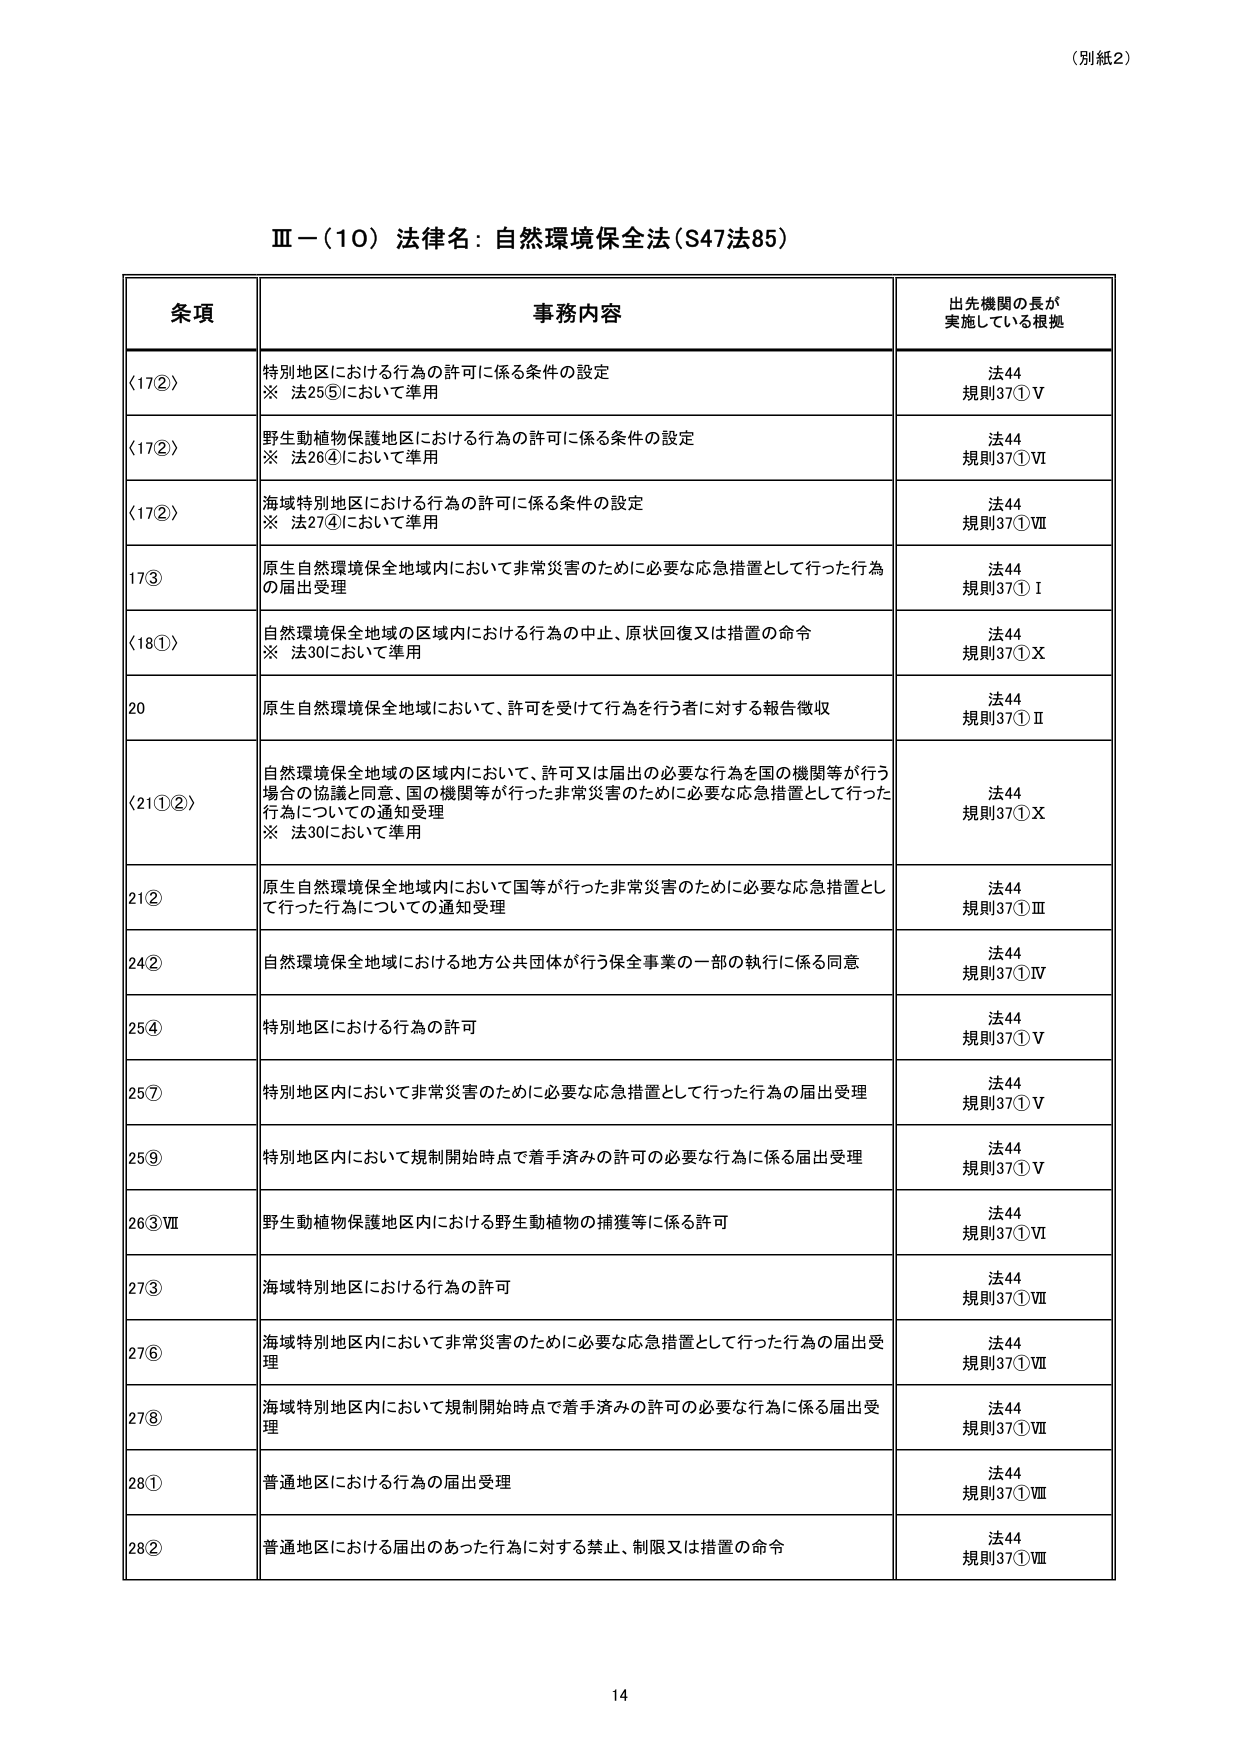
（別紙2）

Ⅲ－（10）法律名：自然環境保全法（S47法85）

条項 事務内容 出先機関の長が実施している根拠

〈17②〉 特別地区における行為の許可に係る条件の設定
※ 法25⑤において準用 法44
規則37①Ⅴ

〈17②〉 野生動植物保護地区における行為の許可に係る条件の設定
※ 法26④において準用 法44
規則37①Ⅵ

〈17②〉 海域特別地区における行為の許可に係る条件の設定
※ 法27④において準用 法44
規則37①Ⅶ

17③ 原生自然環境保全地域内において非常災害のために必要な応急措置として行った行為の届出受理 法44
規則37①Ⅰ

〈18①〉 自然環境保全地域の区域内における行為の中止、原状回復又は措置の命令
※ 法30において準用 法44
規則37①Ⅹ

20 原生自然環境保全地域において、許可を受けて行為を行う者に対する報告徴収 法44
規則37①Ⅱ

〈21①②〉 自然環境保全地域の区域内において、許可又は届出の必要な行為を国の機関等が行う場合の協議と同意、国の機関等が行った非常災害のために必要な応急措置として行った行為についての通知受理
※ 法30において準用 法44
規則37①Ⅹ

21② 原生自然環境保全地域内において国等が行った非常災害のために必要な応急措置として行った行為についての通知受理 法44
規則37①Ⅲ

24② 自然環境保全地域における地方公共団体が行う保全事業の一部の執行に係る同意 法44
規則37①Ⅳ

25④ 特別地区における行為の許可 法44
規則37①Ⅴ

25⑦ 特別地区内において非常災害のために必要な応急措置として行った行為の届出受理 法44
規則37①Ⅴ

25⑨ 特別地区内において規制開始時点で着手済みの許可の必要な行為に係る届出受理 法44
規則37①Ⅴ

26③Ⅶ 野生動植物保護地区内における野生動植物の捕獲等に係る許可 法44
規則37①Ⅵ

27③ 海域特別地区における行為の許可 法44
規則37①Ⅶ

27⑥ 海域特別地区内において非常災害のために必要な応急措置として行った行為の届出受理 法44
規則37①Ⅶ

27⑧ 海域特別地区内において規制開始時点で着手済みの許可の必要な行為に係る届出受理 法44
規則37①Ⅶ

28① 普通地区における行為の届出受理 法44
規則37①Ⅷ

28② 普通地区における届出のあった行為に対する禁止、制限又は措置の命令 法44
規則37①Ⅷ

14